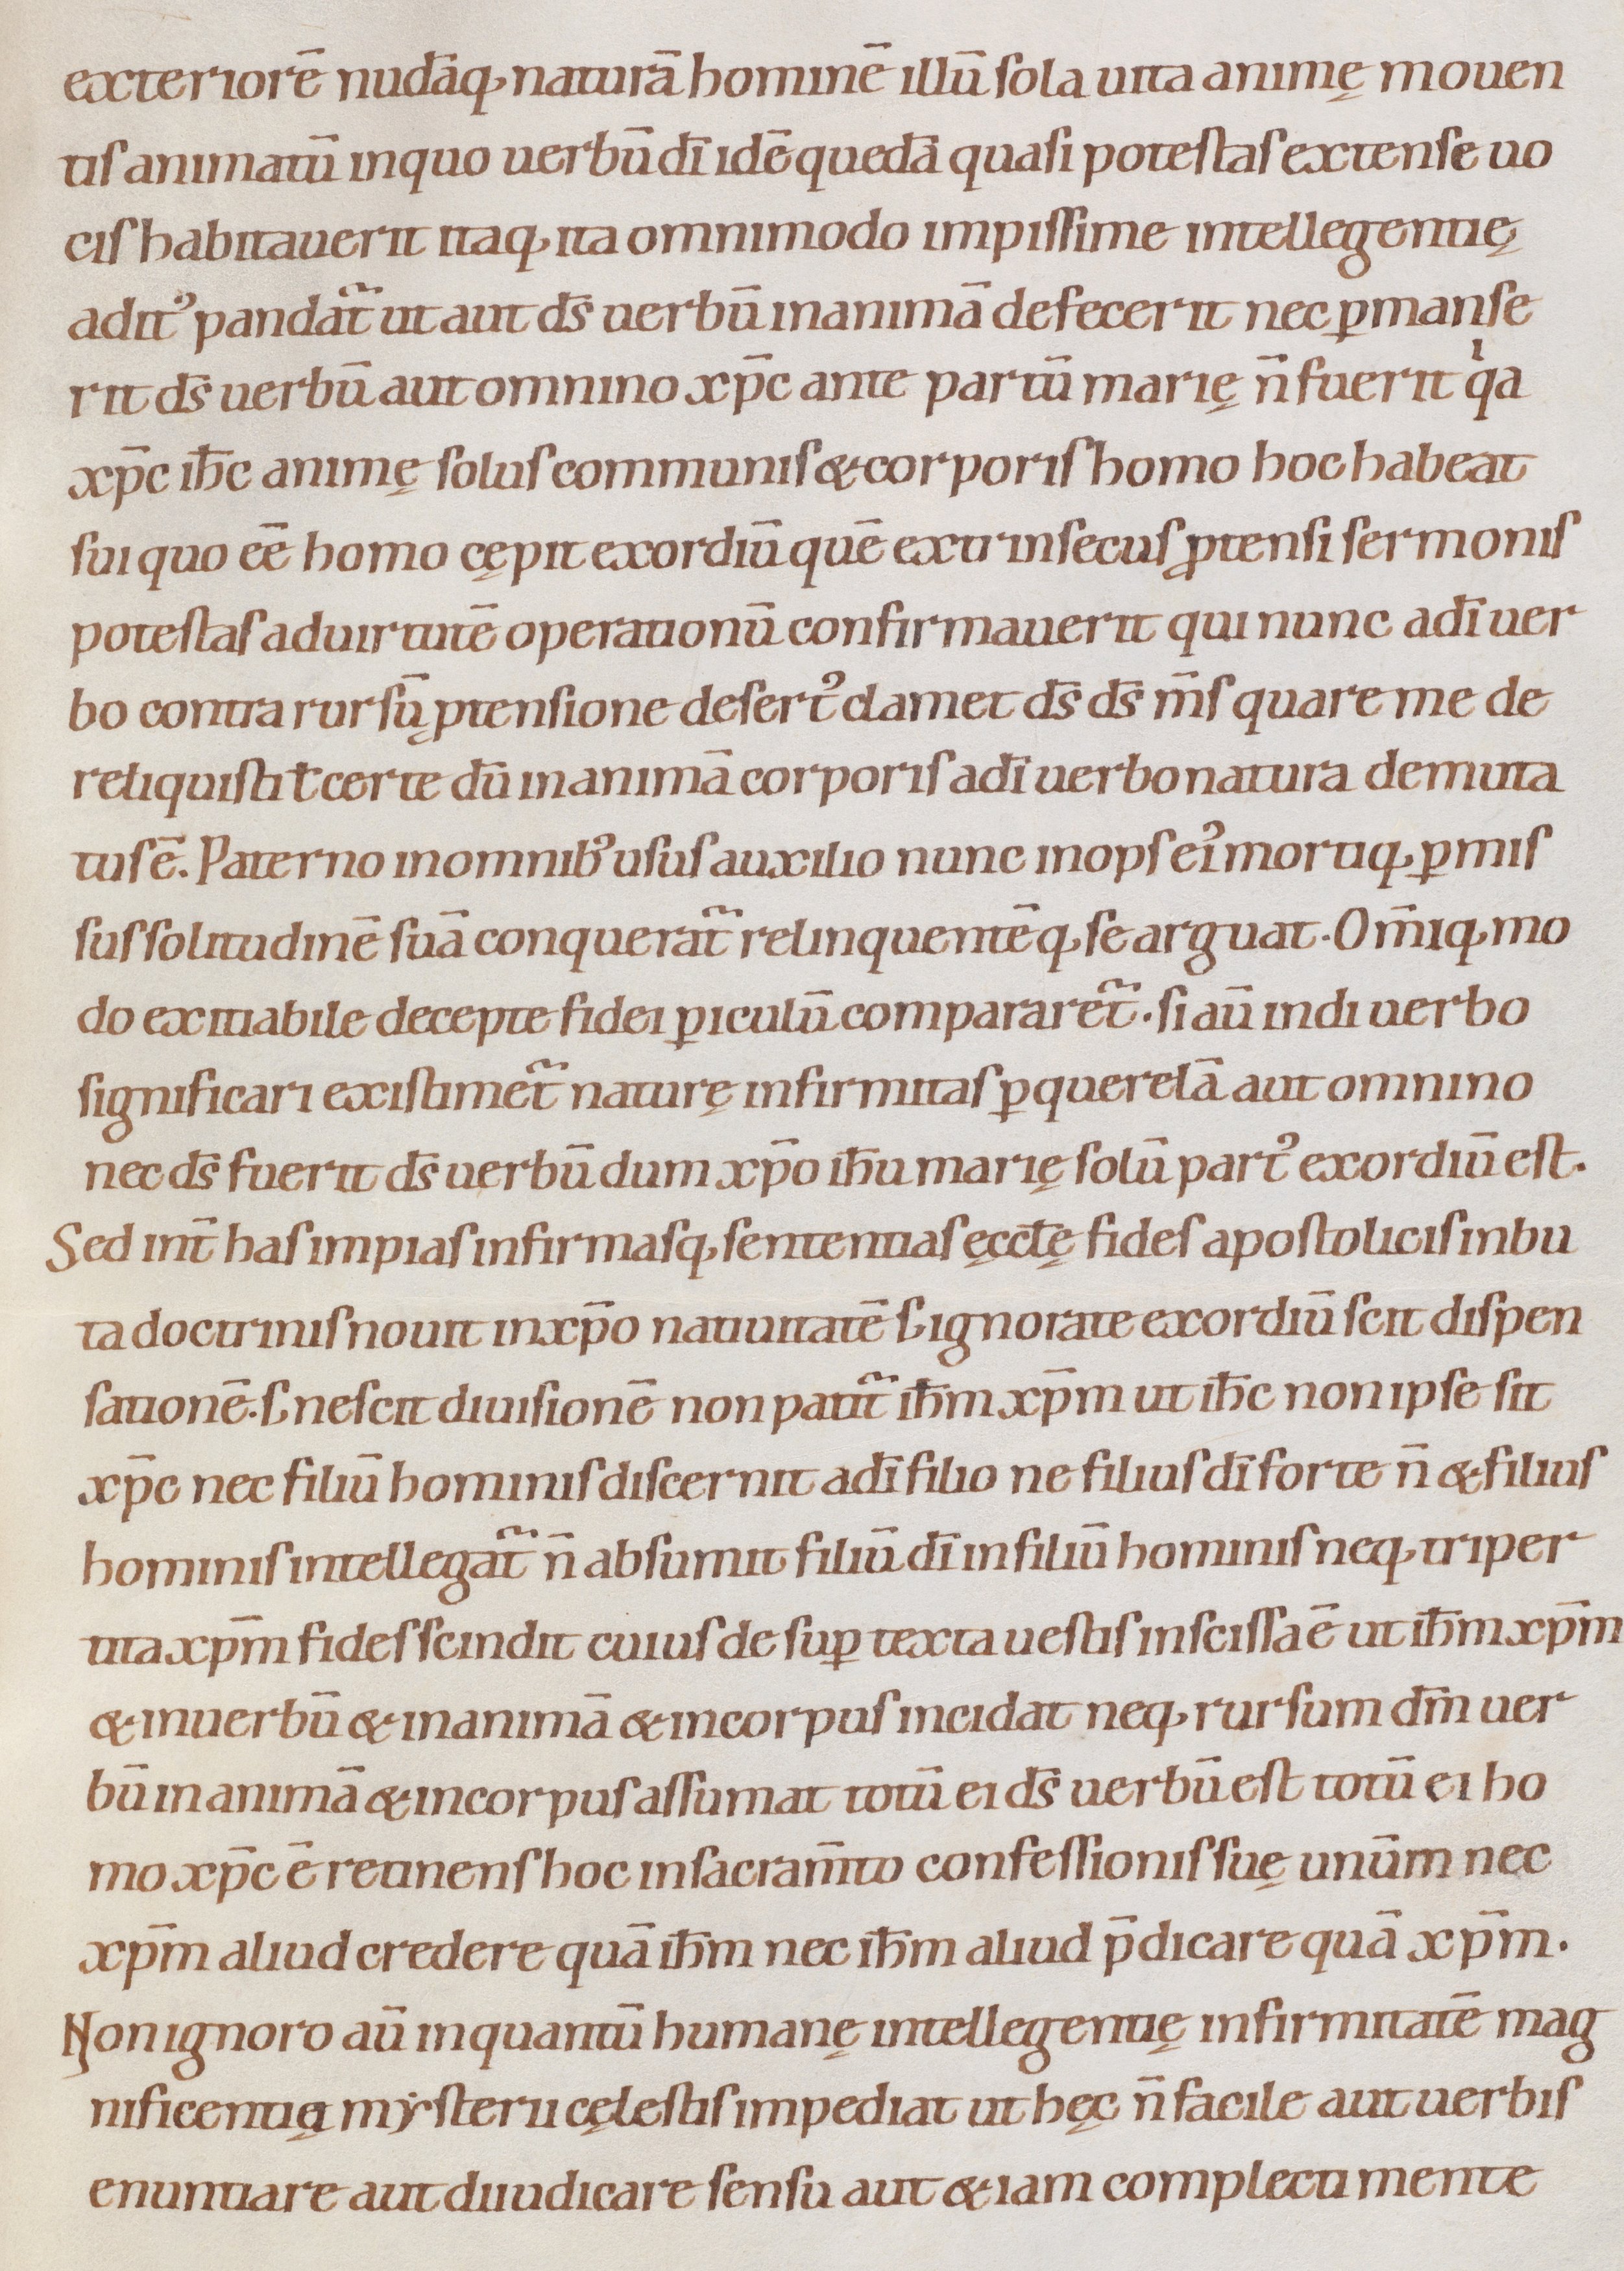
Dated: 1080–1096